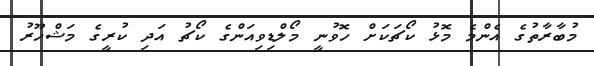
މުބާރާތުގެ އެންމެ މޮޅު ކޯޗަކަށް ހޮވުނީ މޯލްޑިވިއަންގެ ކޯޗު އަދި ކުރީގެ މަޝްހޫރު